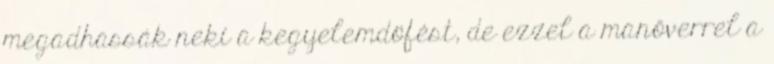
megadhassák neki a kegyelemdöfést, de ezzel a manőverrel a